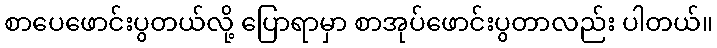
စာပေဖောင်းပွတယ်လို့ ပြောရာမှာ စာအုပ်ဖောင်းပွတာလည်း ပါတယ်။